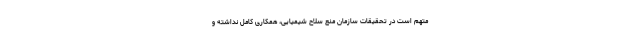
متهم است در تحقیقات سازمان منع سلاح شیمیایی، همکاری کامل نداشته و